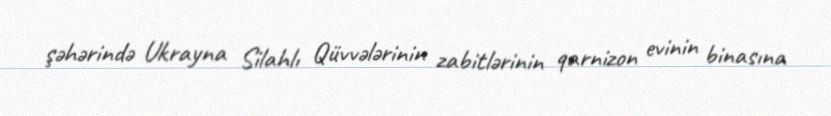
şəhərində Ukrayna Silahlı Qüvvələrinin zabitlərinin qarnizon evinin binasına